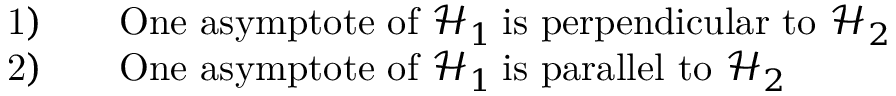
\begin{array} { r l } & { \mathrm { 1 ) } \qquad \mathrm { O n e ~ a s y m p t o t e ~ o f ~ } \mathcal { H } _ { 1 } \mathrm { \: i s ~ p e r p e n d i c u l a r ~ t o ~ } \mathcal { H } _ { 2 } } \\ & { \mathrm { 2 ) } \qquad \mathrm { O n e ~ a s y m p t o t e ~ o f ~ } \mathcal { H } _ { 1 } \mathrm { \: i s ~ p a r a l l e l ~ t o ~ } \mathcal { H } _ { 2 } } \end{array}